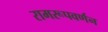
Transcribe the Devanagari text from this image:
रामरूपवर्णन